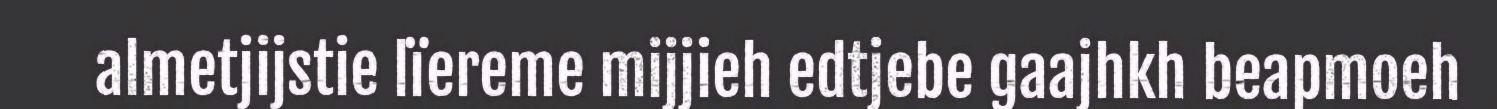
almetjijstie lïereme mijjieh edtjebe gaajhkh beapmoeh